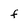
Character: f